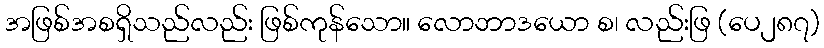
အဖြစ်အစရှိသည်လည်း ဖြစ်ကုန်သော။ လောဘာဒယော စ၊ လည်းဖြ (ပေ၂၈၇)